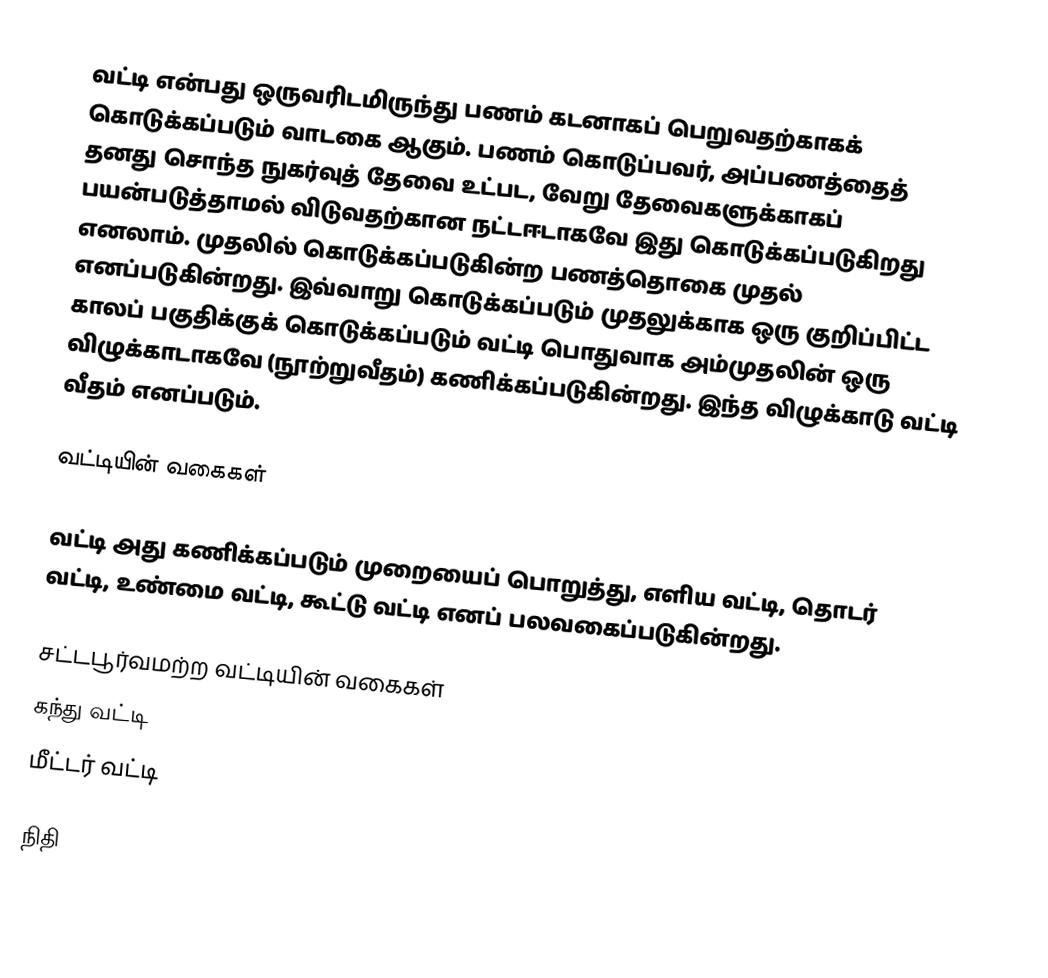
வட்டி என்பது ஒருவரிடமிருந்து பணம் கடனாகப் பெறுவதற்காகக் கொடுக்கப்படும் வாடகை ஆகும். பணம் கொடுப்பவர், அப்பணத்தைத் தனது சொந்த நுகர்வுத் தேவை உட்பட, வேறு தேவைகளுக்காகப் பயன்படுத்தாமல் விடுவதற்கான நட்டஈடாகவே இது கொடுக்கப்படுகிறது எனலாம். முதலில் கொடுக்கப்படுகின்ற பணத்தொகை முதல் எனப்படுகின்றது. இவ்வாறு கொடுக்கப்படும் முதலுக்காக ஒரு குறிப்பிட்ட காலப் பகுதிக்குக் கொடுக்கப்படும் வட்டி பொதுவாக அம்முதலின் ஒரு விழுக்காடாகவே (நூற்றுவீதம்) கணிக்கப்படுகின்றது. இந்த விழுக்காடு வட்டி வீதம் எனப்படும்.

வட்டியின் வகைகள்

வட்டி அது கணிக்கப்படும் முறையைப் பொறுத்து, எளிய வட்டி, தொடர் வட்டி, உண்மை வட்டி, கூட்டு வட்டி எனப் பலவகைப்படுகின்றது.

சட்டபூர்வமற்ற வட்டியின் வகைகள்
 கந்து வட்டி
 மீட்டர் வட்டி

நிதி